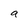
Character: a